Report on lock hospitals in British Burma
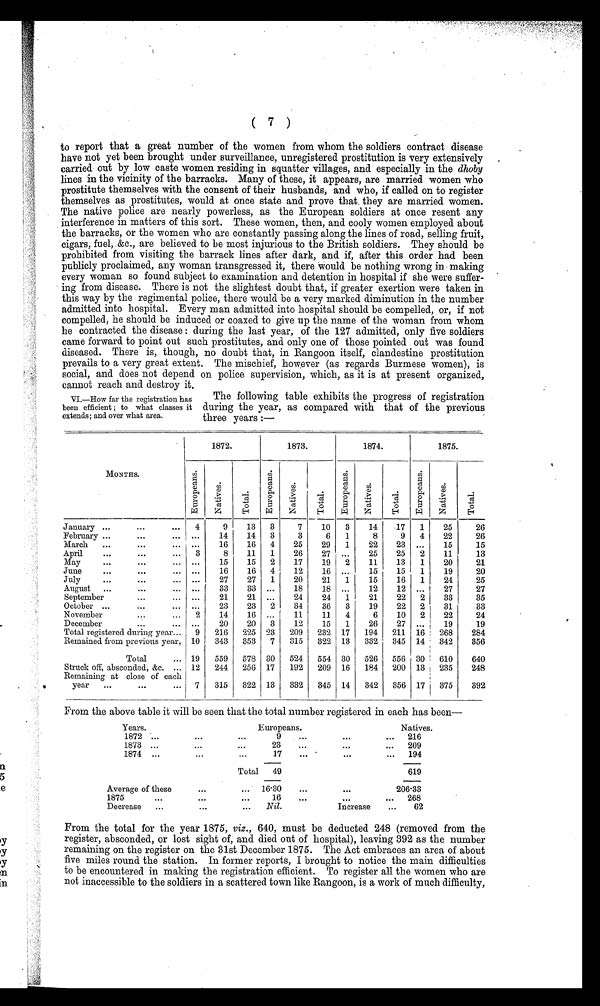
(7
)
to report that a great number of the women from whom the soldiers contract disease
have not yet been brought under surveillance, unregistered prostitution is very extensively
carried out by low caste women residing in squatter villages, and especially in the dhoby
lines in the vicinity of the barracks. Many of these, it appears, are married women who
prostitute themselves with the consent of their husbands, and who, if called on to register
themselves as prostitutes, would at once state and prove that. they are married women.
The native police are nearly powerless, as the European soldiers at once resent any
interference in matters of this sort. These women, then, and cooly women employed about
the barracks, or the women who are constantly passing along the lines of road, selling fruit,
cigars, fuel, &c., are believed to be most injurious to the British soldiers. They should be
prohibited from visiting the barrack lines after dark, and if, after this order had been
publicly proclaimed, any woman transgressed it, there would be nothing wrong in making
every woman so found subject to examination and detention in hospital if she were suffer-
ing from disease. There is not the slightest doubt that, if greater exertion were taken in
this way by the regimental police, there would be a very marked diminution in the number
admitted into hospital. Every man admitted into hospital should be compelled, or, if not
compelled, he should be induced or coaxed to give up the name of the woman from whom
he contracted the disease : during the last year, of the 127 admitted, only five soldiers
came forward to point out such prostitutes, and only one of those pointed out was found
diseased. There is, though, no doubt that, in Rangoon itself, clandestine prostitution
prevails to a very great extent. The mischief, however (as regards Burmese women), is
social, and does not depend on police supervision, which, as it is at present organized,
cannot reach and destroy it.
VI.—How far the registration ha
s b e e n e f f i c i e n t ; t o w h a t c l a s s e s i t
extends; and over what area.
The following table exhibits the progress of registration
during the year, as compared with that of the previous
three years :—
1872.
1873.
1874.
1875.
MONTHS.
E u r o p e a n s .
N a t i v e s.
T o t a l .
E u r o p e a n s . N a t i v e s .
T o t a l .
E u r o p e a n s .
N a t i v e s .
T o t a l
E u r o p e a n s .
N a t i v e s
'
T o t a l
January ...
...
...
4
9
13 3
7
10
3
14
17
1
25
26
February ...
...
... ...
14
14 3
3
6
1
8
9 4
22
26
March ...
. . .
... ...
16
16 4
25
29
1
22
23 ...
15
15
April
...
...
...
3
8
11 1
26
27 ...
25
25 .2.
11
13
May
...
...
... ...
15
15 2
17
19 . 2
11
13
1
20
21
June
...
. . .
... ...
16
16 4
12
16 ...
15
15
1
19
20
July
...
. . .
... ...
27
27
1
20
21 .1.
15
16
1
24
25
August ...
...
... ...
33
33 ...
18
18 ...
12
12 ...
27
27
September
...
... ...
21
21
.2.
...
24
24 .1.
21
22 . 2.
33
35
October ...
...
... ...
23
23
34
36 3
19
22 2
31
33
November
...
...
2
14
16 ...
11
11 4
6
10
2
22
24
December
...
... ...
20
20 .3.
12
15
1
26
27 ...
19
19
Total registered during year...
9
216 225 23
'209 232 17 194 211 16.
268
284
Remained from previous year, 10
343 353 7 315
322 13 332 345 14 342
356
Total
... 19
559 578 30
524 554 30 526 556 30 610
640
Struck off, absconded, &c. ... 12 244 256 17
192 209 16 184 200 13 235
248
Remaining at close of each.
year ...
...
... 7
315 322 13
332 345 14 342 356 17 375
392
From the above table it will be seen that the total number registered in each has been
Years.
Europeans.
Natives.
1872 . . .
...
...
9
...
... 216
1873
. . .
. . .
. . . 23
...
...
... 209
1874 ...
...
17
... '
...
... 194
Total 49
619
Average of these
. . .
. . .
16.30
. . .
. . .
206.33
1875
...
...
...
16
. . .
. . .
...
268
Decrease
. . .
. . .
...
Nil.
Increase
...
62
From the total for the year 1875, viz., 640, must be deducted 248 (removed from the
register, absconded, or lost sight of, and died out of hospital), leaving 392 as the number
remaining on the register on the 31st December 1875. The Act embraces an area of about
five miles round the station. In former reports, I brought to notice the main difficulties
to be encountered in making the registration efficient. To register all the women who are
not inacessible to the soldiers in a scattered town like Rangoon, is a work of much difficulty,